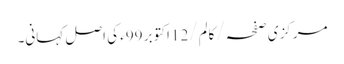
مرکزی صفحہ/ کالم/12 اکتوبر 99ء کی اصل کہانی۔